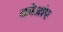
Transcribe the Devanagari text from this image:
कोआंए